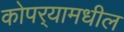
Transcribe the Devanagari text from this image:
कोपर्‍यामधील